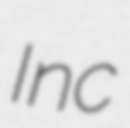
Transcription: Inc